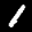
Label: 1